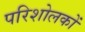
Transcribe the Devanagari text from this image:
परिशोलकों